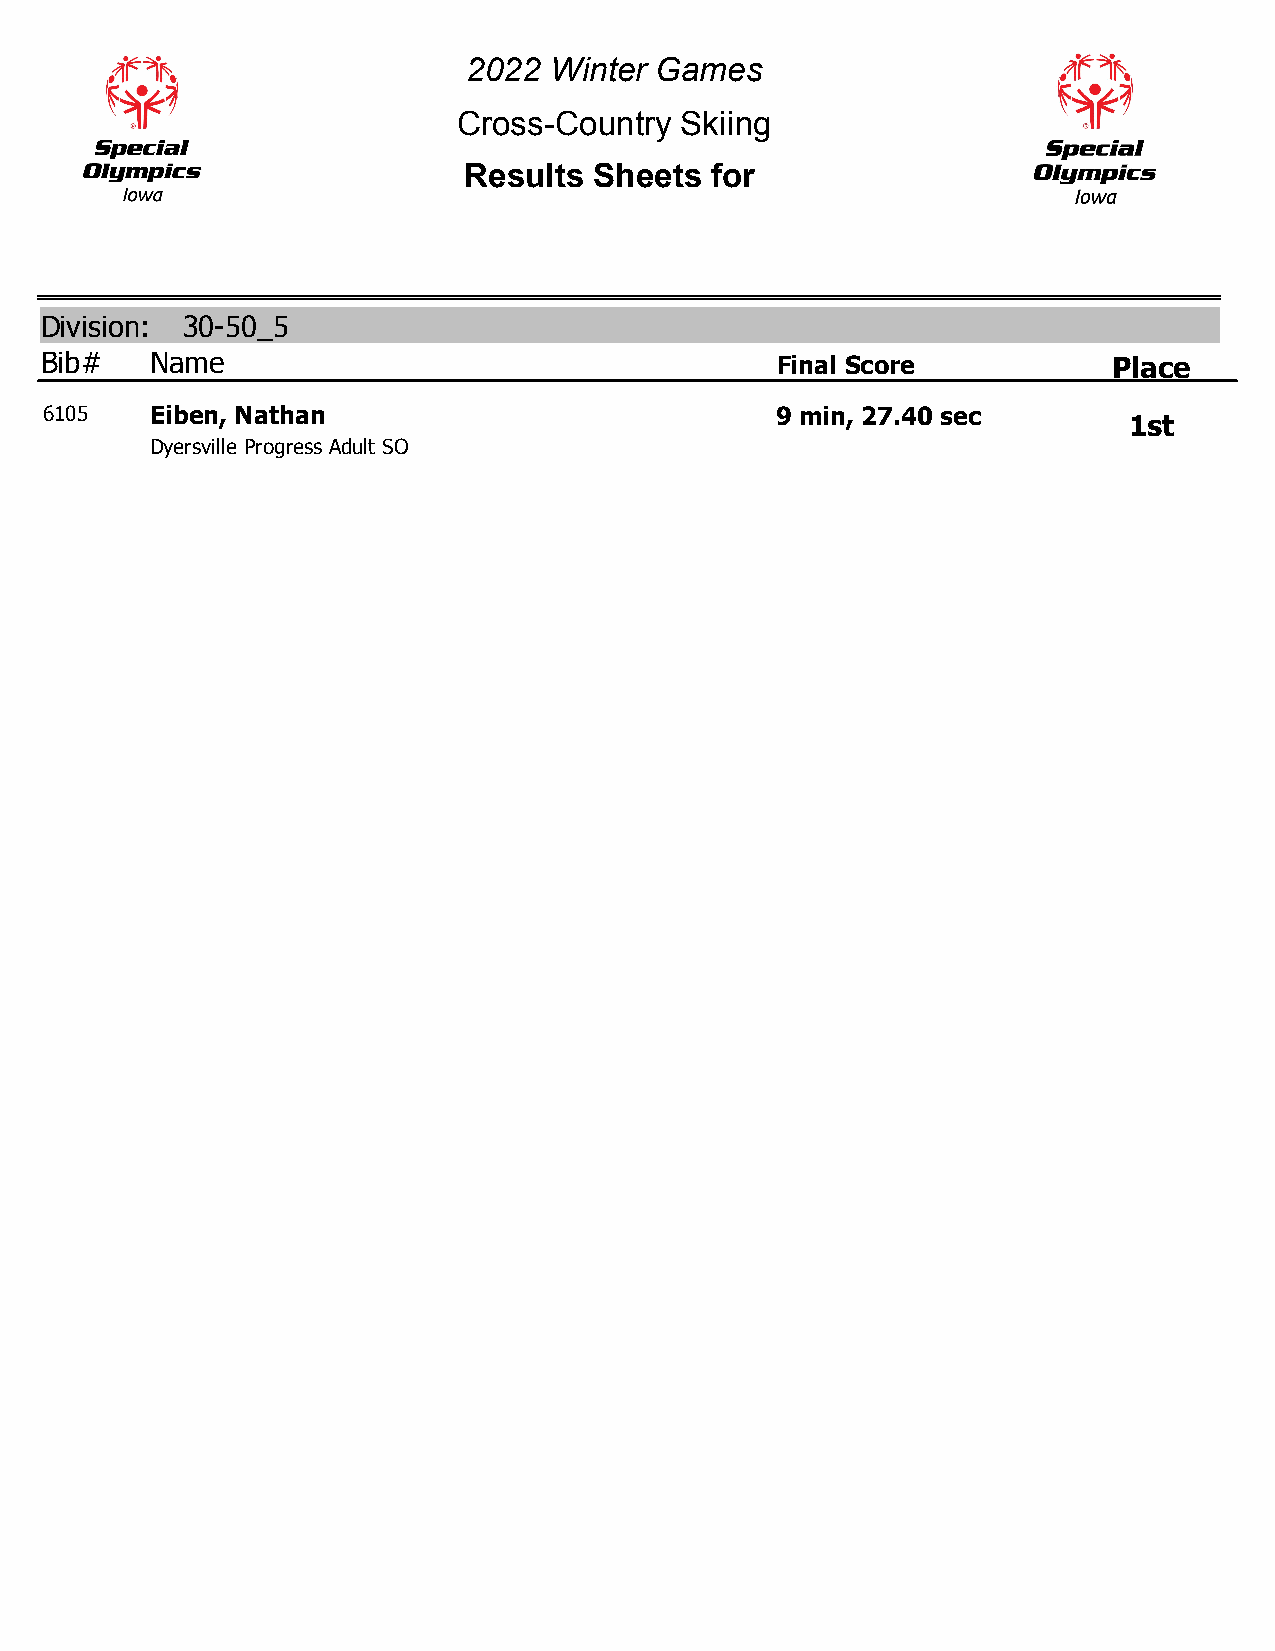
2022 Winter Games
 Cross-Country  Skiing
 Results Sheets  for
 Division: 30-50_5
 Bib#   Name                                     Final Score            Place
 6105   Eiben, Nathan                            9 min, 27.40 sec
 1st
 Dyersville Progress Adult SO